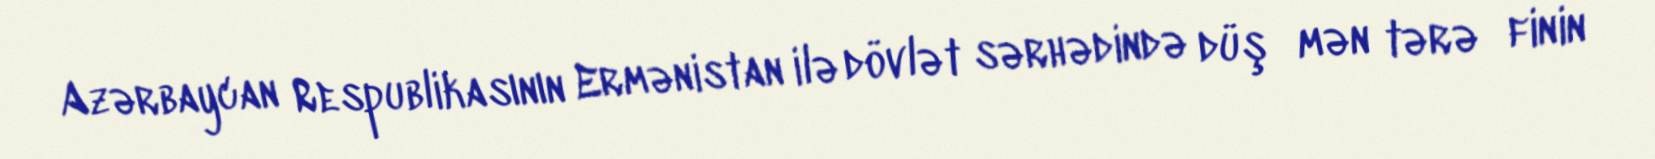
Azərbaycan Respublikasının Ermənistan ilə dövlət sərhədində düş­mən tərə­finin